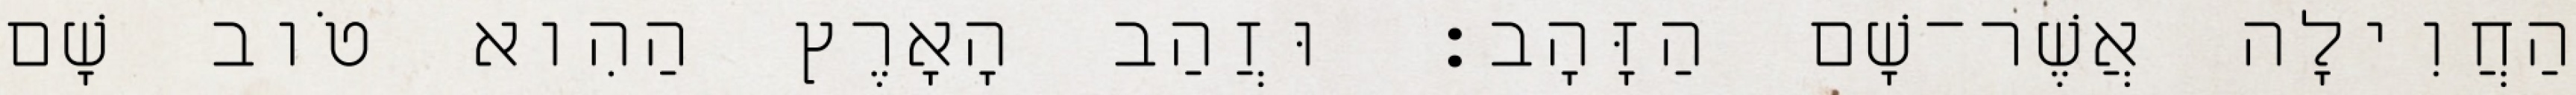
הַחֲוִילָה אֲשֶׁר־שָׁם הַזָּהָב׃ וּזֲהַב הָאָרֶץ הַהִוא טֹוב שָׁם